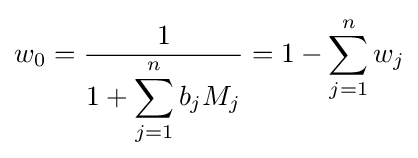
w_{0}={\frac {1}{1+\displaystyle \sum _{j=1}^{n}{b_{j}M_{j}}}}=1-\sum _{j=1}^{n}{w_{j}}